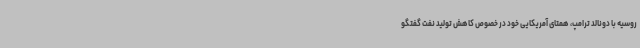
روسیه با دونالد ترامپ، همتای آمریکایی خود در خصوص کاهش تولید نفت گفتگو